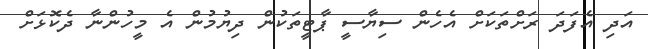
އަދި އެފަދަ ރަށްތަކަށް އެހެން ސިޔާސީ ޕާޓީތަކުން ދިޔުމުން އެ މީހުންނާ ދެކޮޅަށް